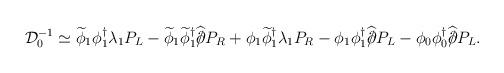
LaTeX: \begin{align*}{\mathcal D}_0^{-1} \simeq \widetilde{\phi}_1\phi^{\dagger}_1\lambda_1 P_L - \widetilde{\phi}_1 \widetilde{\phi}^{\dagger}_1\widehat{/\!\!\!\partial} P_R + \phi_1\widetilde{\phi}^{\dagger}_1 \lambda_1 P_R - \phi_1\phi^{\dagger}_1 \widehat{/\!\!\!\partial} P_L -\phi_0\phi^{\dagger}_0 \widehat{/\!\!\!\partial} P_L.\end{align*}